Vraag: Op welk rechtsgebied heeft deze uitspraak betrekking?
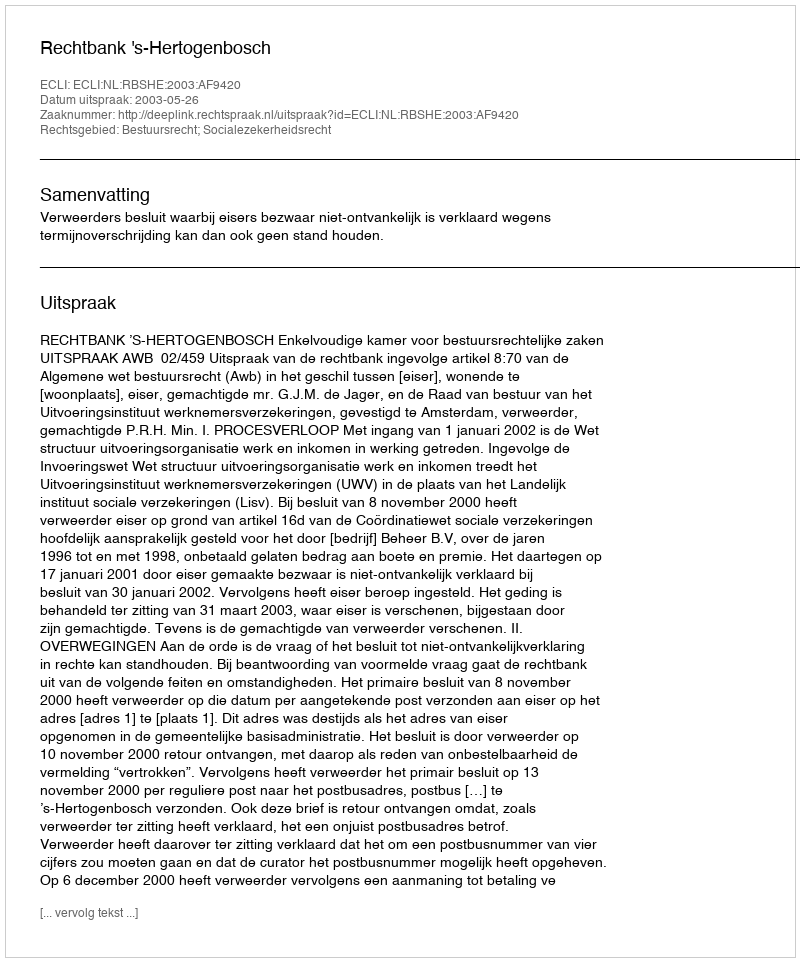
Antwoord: Bestuursrecht; Socialezekerheidsrecht